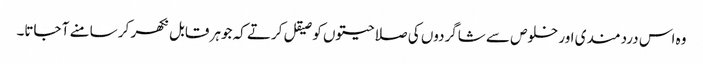
وہ اس دردمندی اور خلوص سے شاگردوں کی صلاحیتوں کو صیقل کرتے کہ جوہر قابل نکھر کر سامنے آ جاتا۔